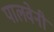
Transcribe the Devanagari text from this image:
पालवेनी